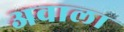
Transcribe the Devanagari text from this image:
अवाला